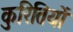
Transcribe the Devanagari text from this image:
कुरितियों